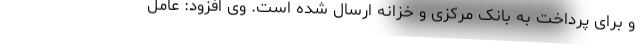
و برای پرداخت به بانک مرکزی و خزانه ارسال شده است. وی افزود: عامل